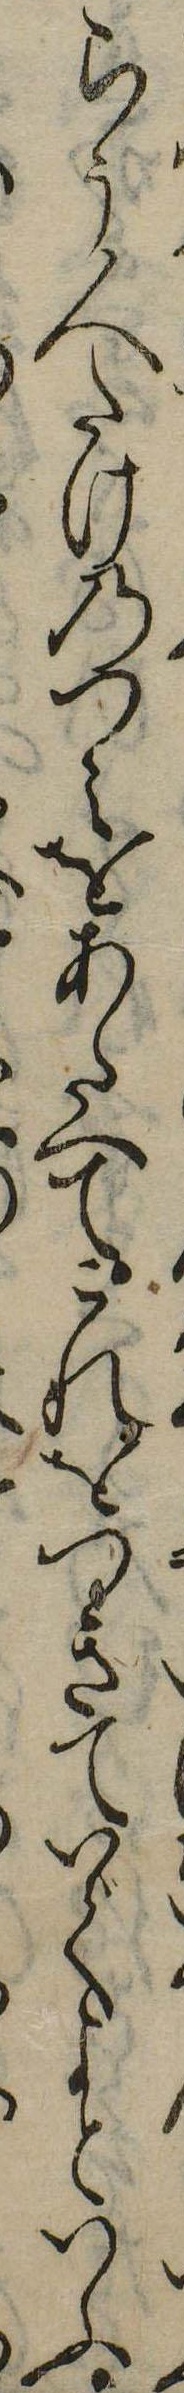
らう人たけのつえをあたへてこれをつきていでよといふ